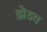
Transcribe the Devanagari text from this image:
झेडव